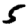
Digit: 5